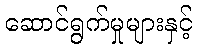
ဆောင်ရွက်မှုများနှင့်